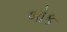
બોક